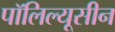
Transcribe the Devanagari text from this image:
पॉलिल्यूसीन